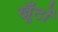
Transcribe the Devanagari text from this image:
खूँटों